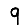
Digit: 9